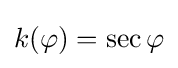
k(\varphi )=\sec \varphi